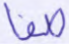
صفا